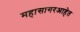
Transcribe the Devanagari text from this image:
महासागरआहेत